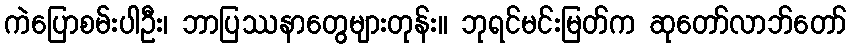
ကဲပြောစမ်းပါဦး၊ ဘာပြဿနာတွေများတုန်း။ ဘုရင်မင်းမြတ်က ဆုတော်လာဘ်တော်